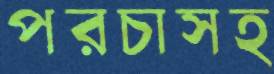
পরচাসহ